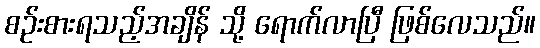
စဉ်းစားရသည့်အချိန် သို့ ရောက်လာပြီ ဖြစ်လေသည်။